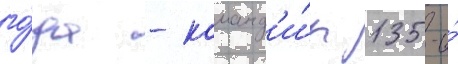
го́да - команд'и́р 135-и́